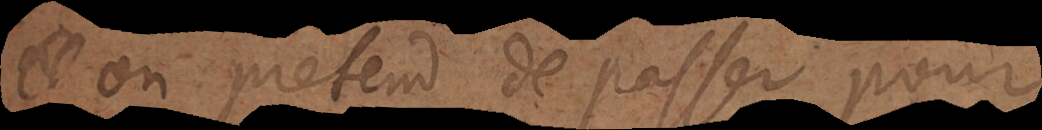
on pretend de passer pour